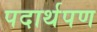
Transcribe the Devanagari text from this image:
पदार्थपण